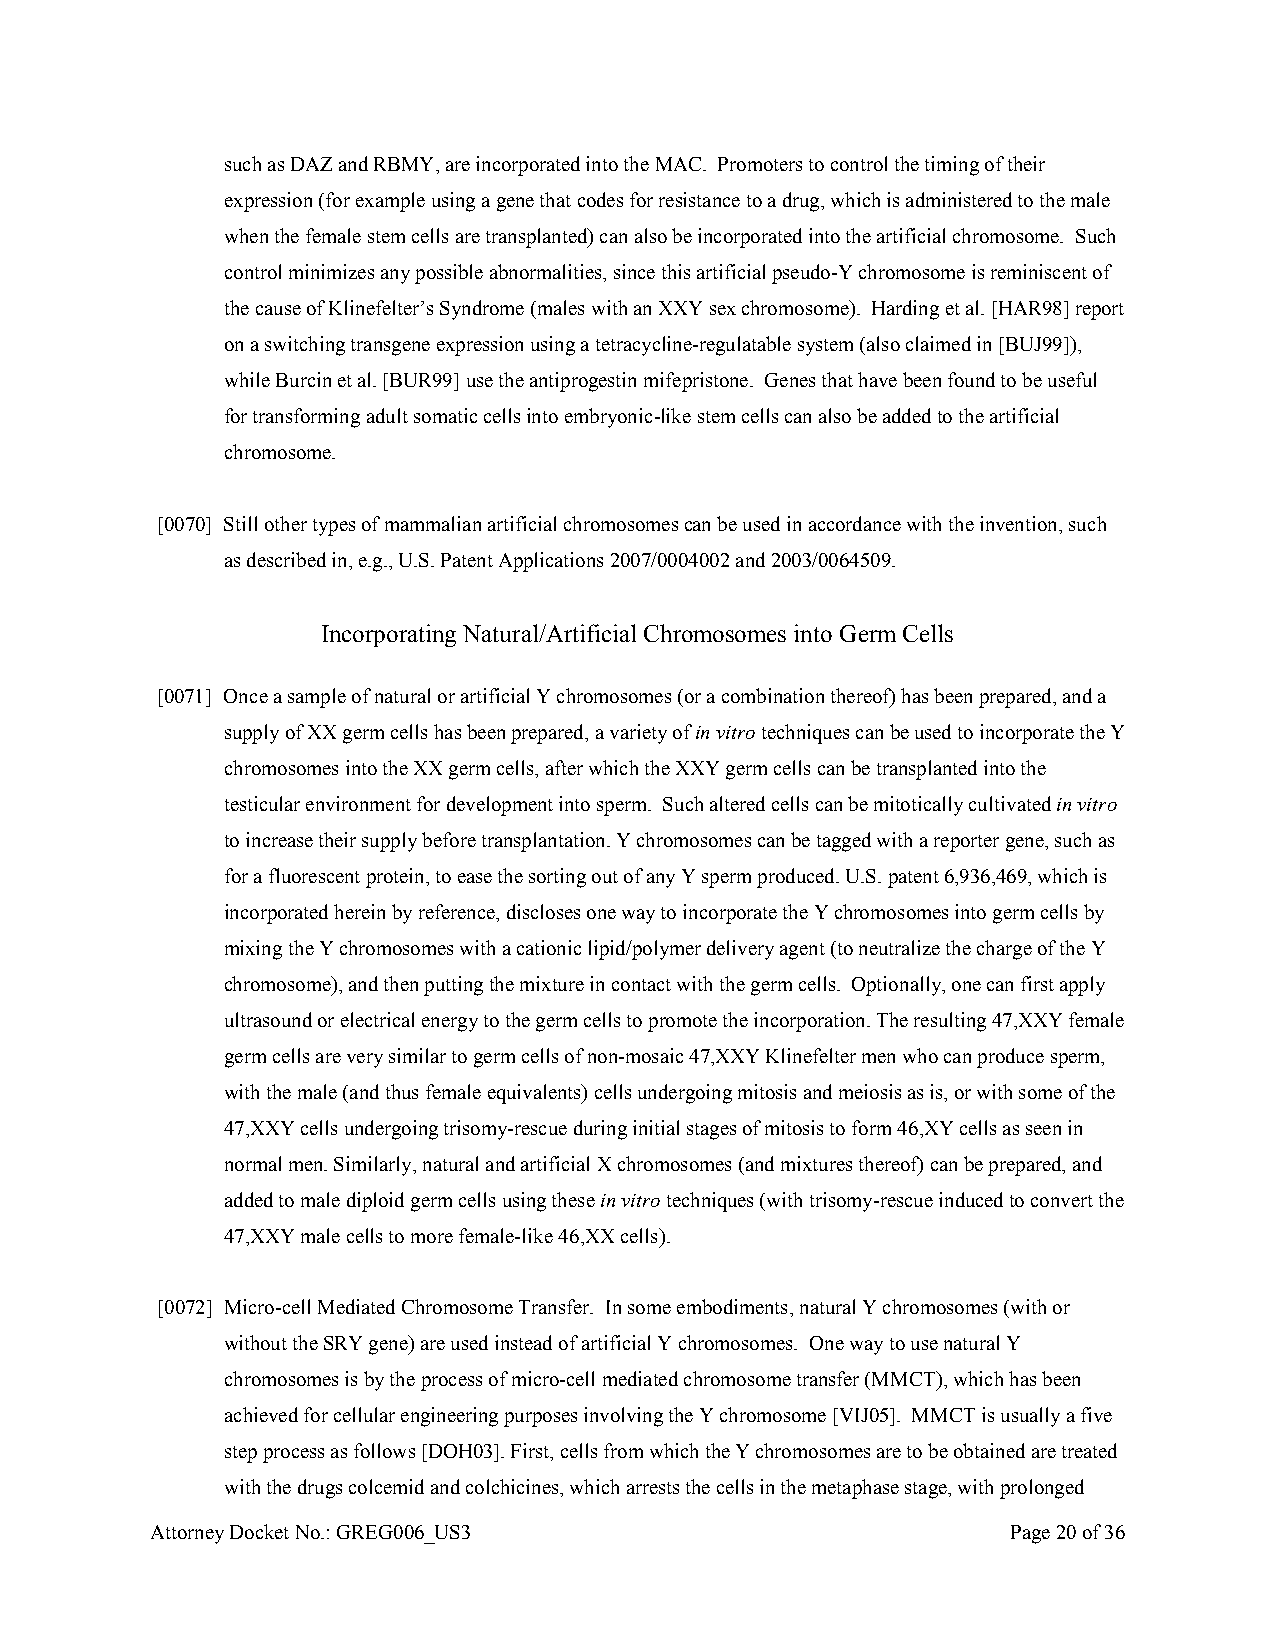
such as DAZ and RBMY, are incorporated into the MAC. Promoters to control the timing of their
 expression (for example using a gene that codes for resistance to a drug, which is administered to the male
 when the female stem cells are transplanted) can also be incorporated into the artificial chromosome. Such
 control minimizes any possible abnormalities, since this artificial pseudo-Y chromosome is reminiscent of
 the cause of Klinefelter’s Syndrome (males with an XXY sex chromosome). Harding et al. [HAR98] report
 on a switching transgene expression using a tetracycline-regulatable system (also claimed in [BUJ99]),
 while Burcin et al. [BUR99] use the antiprogestin mifepristone. Genes that have been found to be useful
 for transforming adult somatic cells into embryonic-like stem cells can also be added to the artificial
 chromosome.
 [0070] Still other types of mammalian artificial chromosomes can be used in accordance with the invention, such
 as described in, e.g., U.S. Patent Applications 2007/0004002 and 2003/0064509.
 Incorporating Natural/Artificial Chromosomes into Germ Cells
 [0071] Once a sample of natural or artificial Y chromosomes (or a combination thereof) has been prepared, and a
 supply of XX germ cells has been prepared, a variety of in vitro techniques can be used to incorporate the Y
 chromosomes into the XX germ cells, after which the XXY germ cells can be transplanted into the
 testicular environment for development into sperm. Such altered cells can be mitotically cultivated in vitro
 to increase their supply before transplantation. Y chromosomes can be tagged with a reporter gene, such as
 for a fluorescent protein, to ease the sorting out of any Y sperm produced. U.S. patent 6,936,469, which is
 incorporated herein by reference, discloses one way to incorporate the Y chromosomes into germ cells by
 mixing the Y chromosomes with a cationic lipid/polymer delivery agent (to neutralize the charge of the Y
 chromosome), and then putting the mixture in contact with the germ cells. Optionally, one can first apply
 ultrasound or electrical energy to the germ cells to promote the incorporation. The resulting 47,XXY female
 germ cells are very similar to germ cells of non-mosaic 47,XXY Klinefelter men who can produce sperm,
 with the male (and thus female equivalents) cells undergoing mitosis and meiosis as is, or with some of the
 47,XXY cells undergoing trisomy-rescue during initial stages of mitosis to form 46,XY cells as seen in
 normal men. Similarly, natural and artificial X chromosomes (and mixtures thereof) can be prepared, and
 added to male diploid germ cells using these in vitro techniques (with trisomy-rescue induced to convert the
 47,XXY male cells to more female-like 46,XX cells).
 [0072] Micro-cell Mediated Chromosome Transfer. In some embodiments, natural Y chromosomes (with or
 without the SRY gene) are used instead of artificial Y chromosomes. One way to use natural Y
 chromosomes is by the process of micro-cell mediated chromosome transfer (MMCT), which has been
 achieved for cellular engineering purposes involving the Y chromosome [VIJ05]. MMCT is usually a five
 step process as follows [DOH03]. First, cells from which the Y chromosomes are to be obtained are treated
 with the drugs colcemid and colchicines, which arrests the cells in the metaphase stage, with prolonged
 Attorney Docket No.: GREG006_US3                         Page 20 of 36